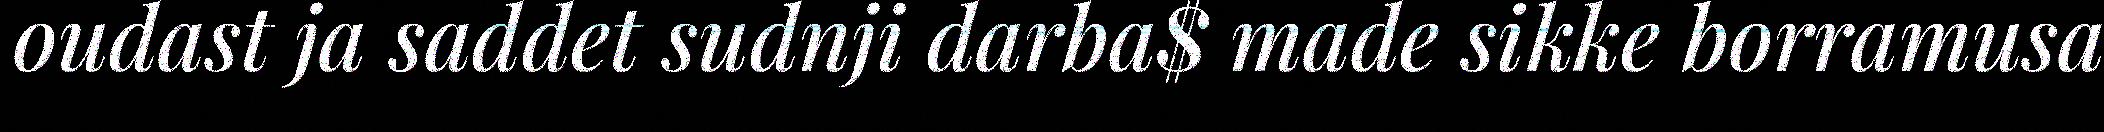
oudast ja saddet sudnji darba$ made sikke borramusa